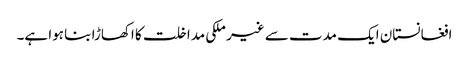
افغانستان ایک مدت سے غیر ملکی مداخلت کا اکھاڑا بنا ہوا ہے۔